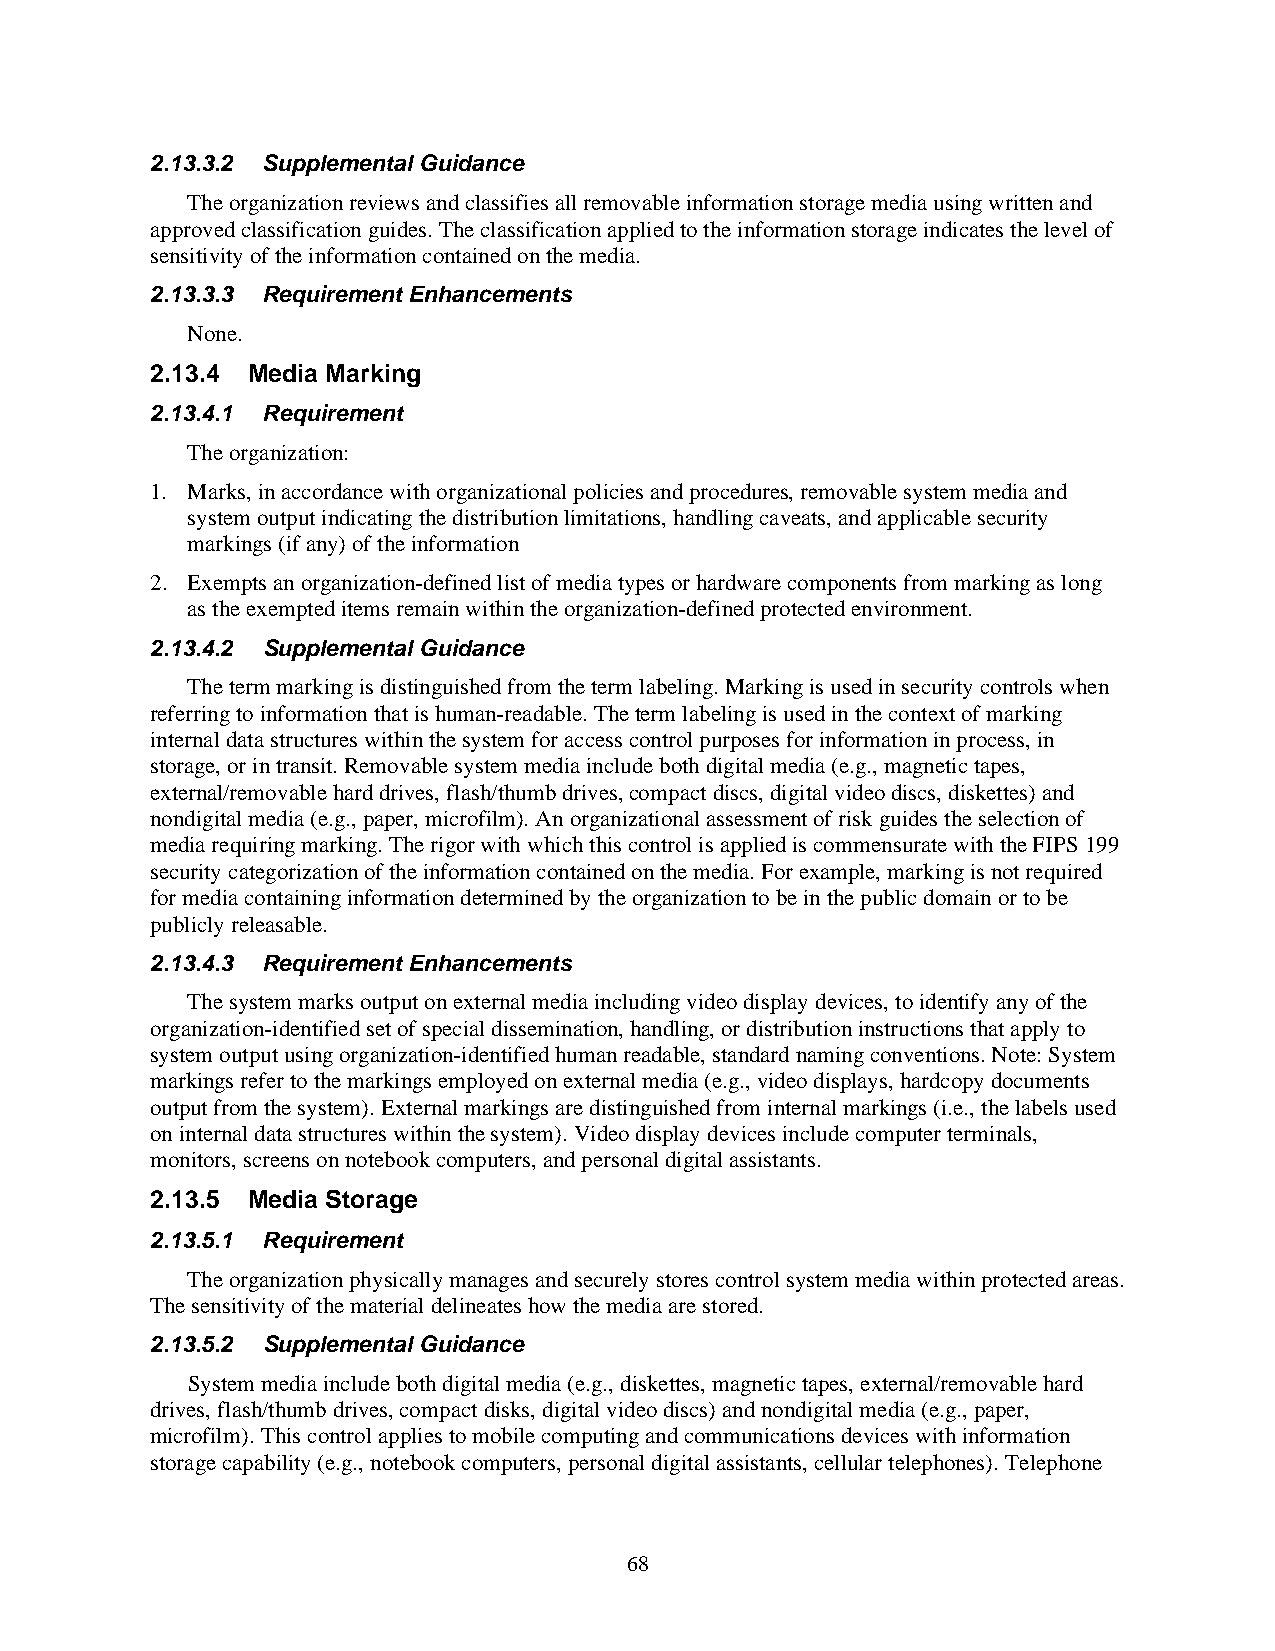
2.13.3.2 Supplemental Guidance
 The organization reviews and classifies all removable information storage media using written and
 approved classification guides. The classification applied to the information storage indicates the level of
 sensitivity of the information contained on the media.
 2.13.3.3 Requirement Enhancements
 None.
 2.13.4 Media Marking
 2.13.4.1 Requirement
 The organization:
 1. Marks, in accordance with organizational policies and procedures, removable system media and
 system output indicating the distribution limitations, handling caveats, and applicable security
 markings (if any) of the information
 2. Exempts an organization-defined list of media types or hardware components from marking as long
 as the exempted items remain within the organization-defined protected environment.
 2.13.4.2 Supplemental Guidance
 The term marking is distinguished from the term labeling. Marking is used in security controls when
 referring to information that is human-readable. The term labeling is used in the context of marking
 internal data structures within the system for access control purposes for information in process, in
 storage, or in transit. Removable system media include both digital media (e.g., magnetic tapes,
 external/removable hard drives, flash/thumb drives, compact discs, digital video discs, diskettes) and
 nondigital media (e.g., paper, microfilm). An organizational assessment of risk guides the selection of
 media requiring marking. The rigor with which this control is applied is commensurate with the FIPS 199
 security categorization of the information contained on the media. For example, marking is not required
 for media containing information determined by the organization to be in the public domain or to be
 publicly releasable.
 2.13.4.3 Requirement Enhancements
 The system marks output on external media including video display devices, to identify any of the
 organization-identified set of special dissemination, handling, or distribution instructions that apply to
 system output using organization-identified human readable, standard naming conventions. Note: System
 markings refer to the markings employed on external media (e.g., video displays, hardcopy documents
 output from the system). External markings are distinguished from internal markings (i.e., the labels used
 on internal data structures within the system). Video display devices include computer terminals,
 monitors, screens on notebook computers, and personal digital assistants.
 2.13.5 Media Storage
 2.13.5.1 Requirement
 The organization physically manages and securely stores control system media within protected areas.
 The sensitivity of the material delineates how the media are stored.
 2.13.5.2 Supplemental Guidance
 System media include both digital media (e.g., diskettes, magnetic tapes, external/removable hard
 drives, flash/thumb drives, compact disks, digital video discs) and nondigital media (e.g., paper,
 microfilm). This control applies to mobile computing and communications devices with information
 storage capability (e.g., notebook computers, personal digital assistants, cellular telephones). Telephone
 68